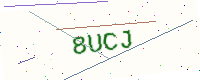
Text: 8UCJ